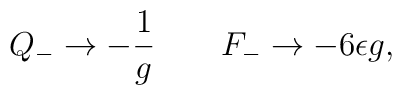
Q_- \rightarrow -{1\over g} \qquad F_- \rightarrow - 6 \epsilon g,